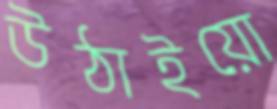
উঠাইয়ো